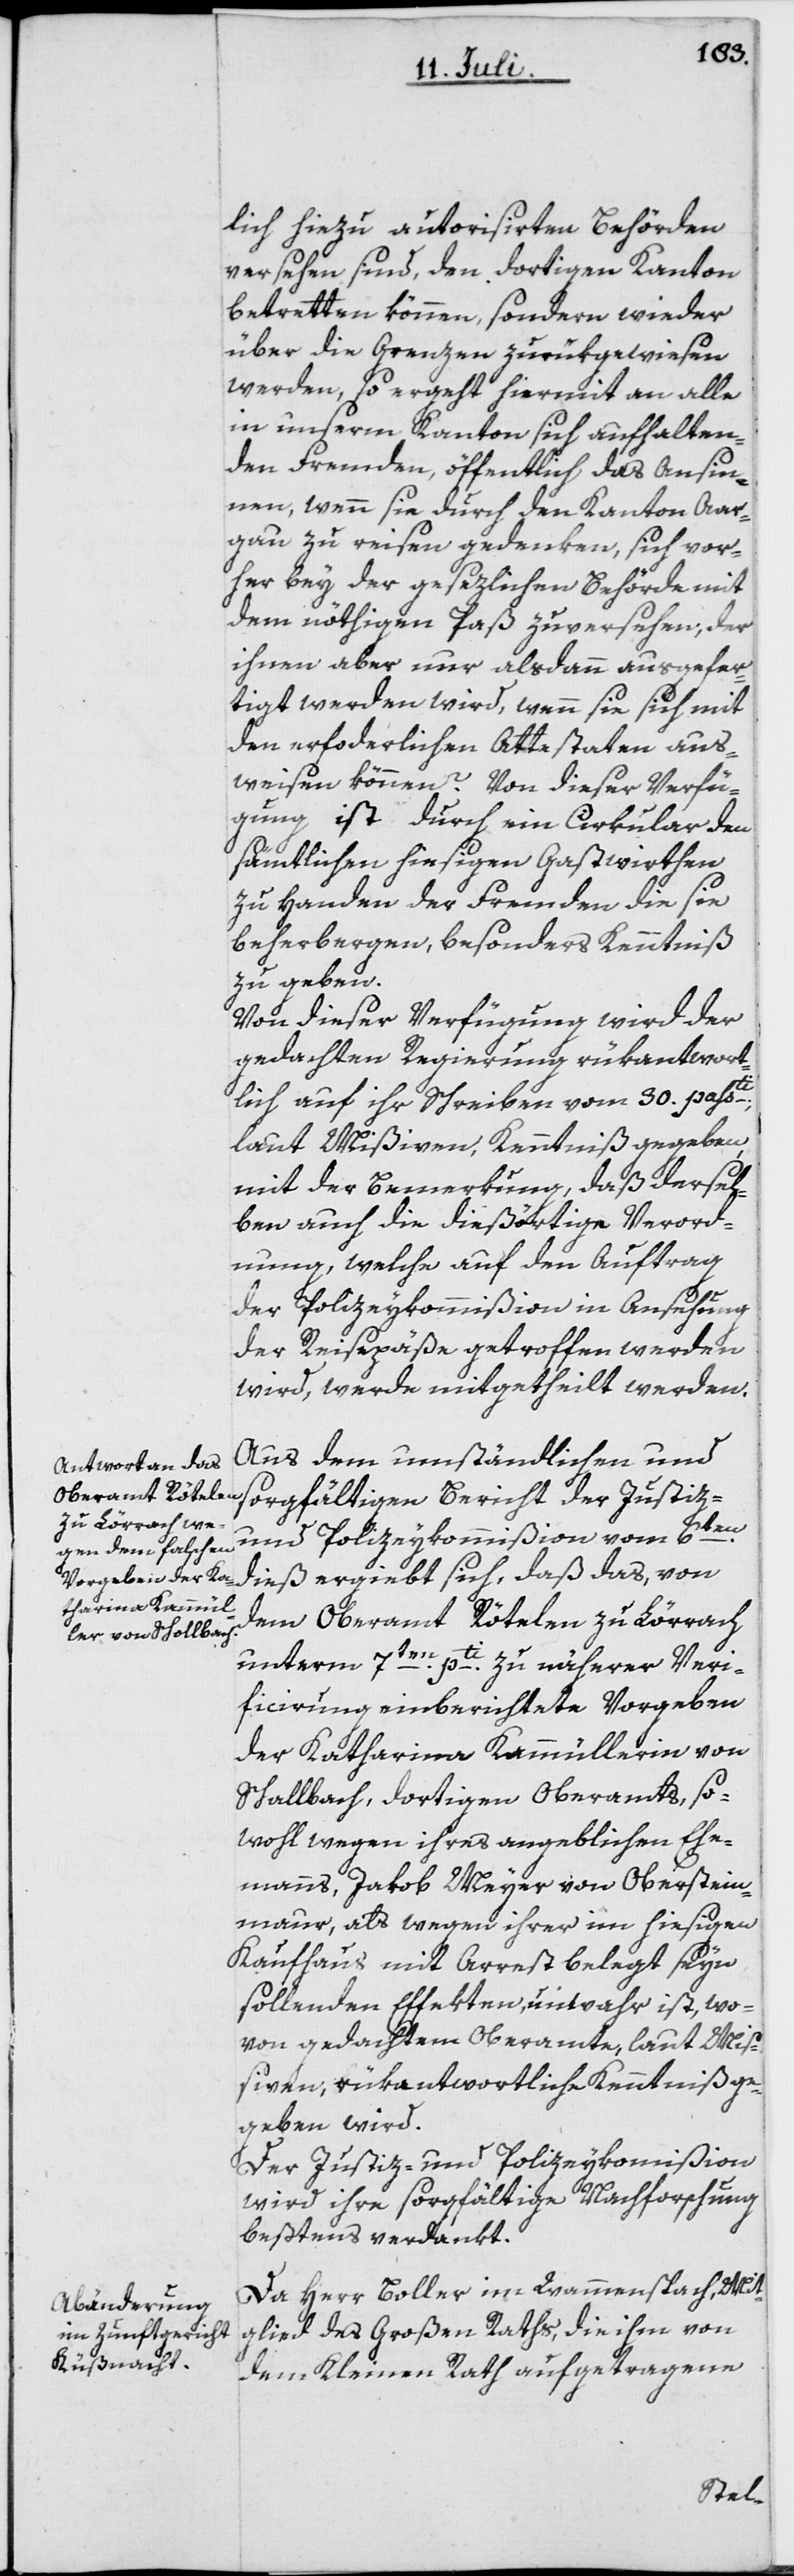
lich hiezu autorisirten Behörden
versehen sind, den dortigen Kanton
betretten können, sondern wieder
über die Grenzen zurükgewiesen
werden, so ergeht hiermit an alle
in unserm Kanton sich aufhalten¬
den Fremden, öffentlich das Ansin¬
nen, wenn sie durch den Kanton Aar¬
gau zu reisen gedenken, sich vor¬
her bey der gesezlichen Behörde mit
dem nöthigen Paß zu versehen, der
ihnen aber nur alsdann ausgefer¬
tigt werden wird, wenn sie sich mit
den erforderlichen Attestaten aus¬
weisen können. Von dieser Verfü¬
gung ist durch ein Cirkular den
sämtlichen hiesigen Gastwirthen
zu Handen der Fremden die sie
beherbergen, besonders Kenntniß
zu geben.
Von dieser Verfügung wird der
gedachten Regierung rükantwort¬
lich auf ihr Schreiben vom 30. passti
laut Mißiven, Kenntniß gegeben,
mit der Bemerkung, daß dersel¬
ben auch die dießörtige Verord¬
nung, welche auf den Auftrag
der Polizeykommißion in Ansehung
der Reisepäße getroffen werden
wird, werde mitgetheilt werden.
Aus dem umständlichen und
sorgfältigen Bericht der Justiz-
und Polizeykommißion vom 6ten
dieß ergiebt sich, daß das, von
dem Oberamt Rötelen zu Lörrach
unterm 7ten pti zu näherer Ver¬
ficirung einberichtete Vorgeben
der Katharina Kammüllerin von
[sic!], dortigen Oberamts, so¬
wohl wegen ihres angeblichen Ehe¬
manns, Jakob Meyer von Oberstein¬
maur, als wegen ihrer im hiesigen
Kaufhaus mit Arrest belegt seyn
sollenden Effekten, unwahr ist, wo¬
von gedachtem Oberamte, laut Miß¬
iven, rükantwortliche Kenntniß ge¬
geben wird.
Der Justiz- und Polizeykommißion
wird ihre sorgfältige Nachforschung
beßtens verdankt.
Da Herr Boller im Wammenspach, Mit¬
glied des Großen Raths, die ihm von
dem Kleinen Rath aufgetragene